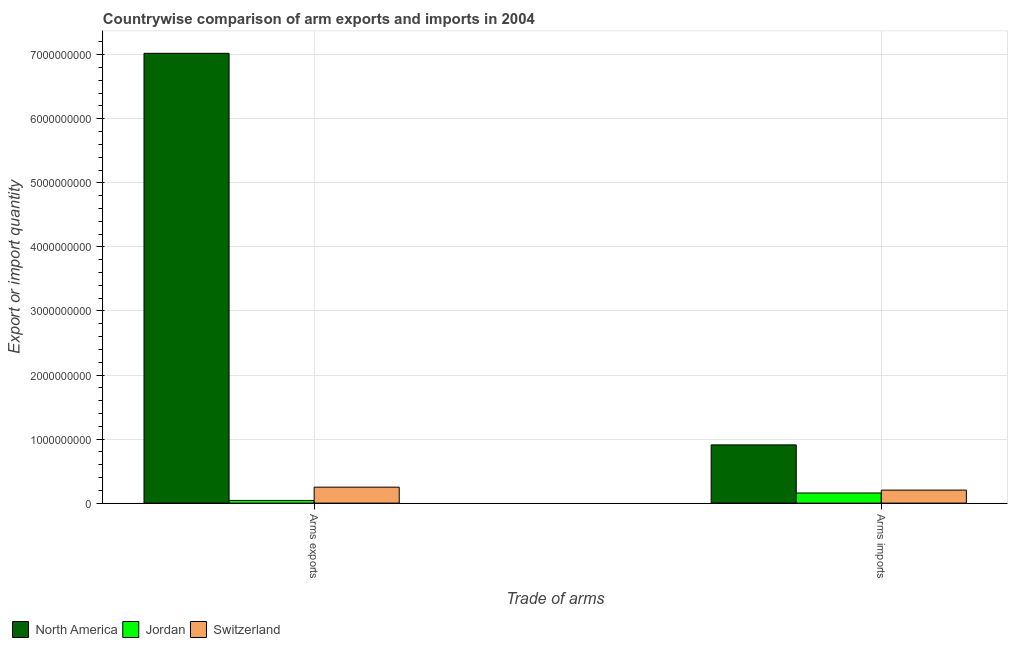
| Trade of arms | North America | Jordan | Switzerland |
 | --- | --- | --- | --- |
 | Arms exports | 7.02e+09 | 4.2e+07 | 2.49e+08 |
 | Arms imports | 9.09e+08 | 1.58e+08 | 2.03e+08 |